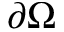
\partial \Omega